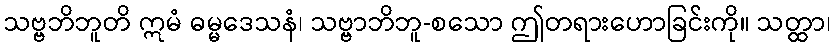
သဗ္ဗဘိဘူတိ ဣမံ ဓမ္မဒေသနံ၊ သဗ္ဗာဘိဘူ-စသော ဤတရားဟောခြင်းကို။ သတ္ထာ၊